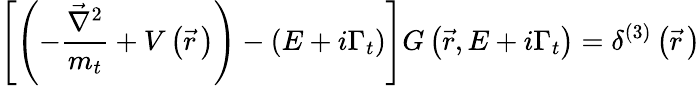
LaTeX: \left[\left(-\frac{\vec{\nabla}^{2}}{m_{t}}+V\left(\vec{r}\, \right)\right)-\left(E+i\Gamma_{t}\right)\right]G\left(\vec{r},E+i\Gamma_{t}\right)=\delta^{(3)}\left(\vec{r}\, \right)